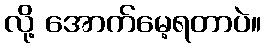
လို့ အောက်မေ့ရတာပဲ။